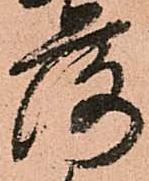
落